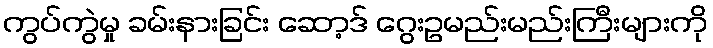
ကွပ်ကွဲမှု ခမ်းနားခြင်း ဆော့ဒ် ဂွေးဥမည်းမည်းကြီးများကို